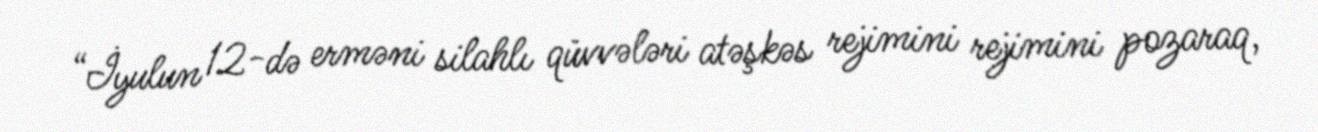
“İyulun 12-də erməni silahlı qüvvələri atəşkəs rejimini rejimini pozaraq,